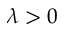
\lambda > 0